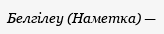
Белгілеу (Наметка) —